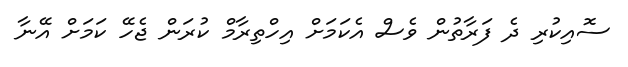
ސޮއިކުރި ދެ ފަރާތުން ވެސް އެކަމަށް އިހްތިރާމް ކުރަން ޖެހޭ ކަމަށް އޭނާ